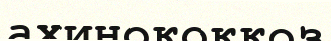
ахинококкоз